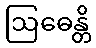
ဩဓေန္တိ